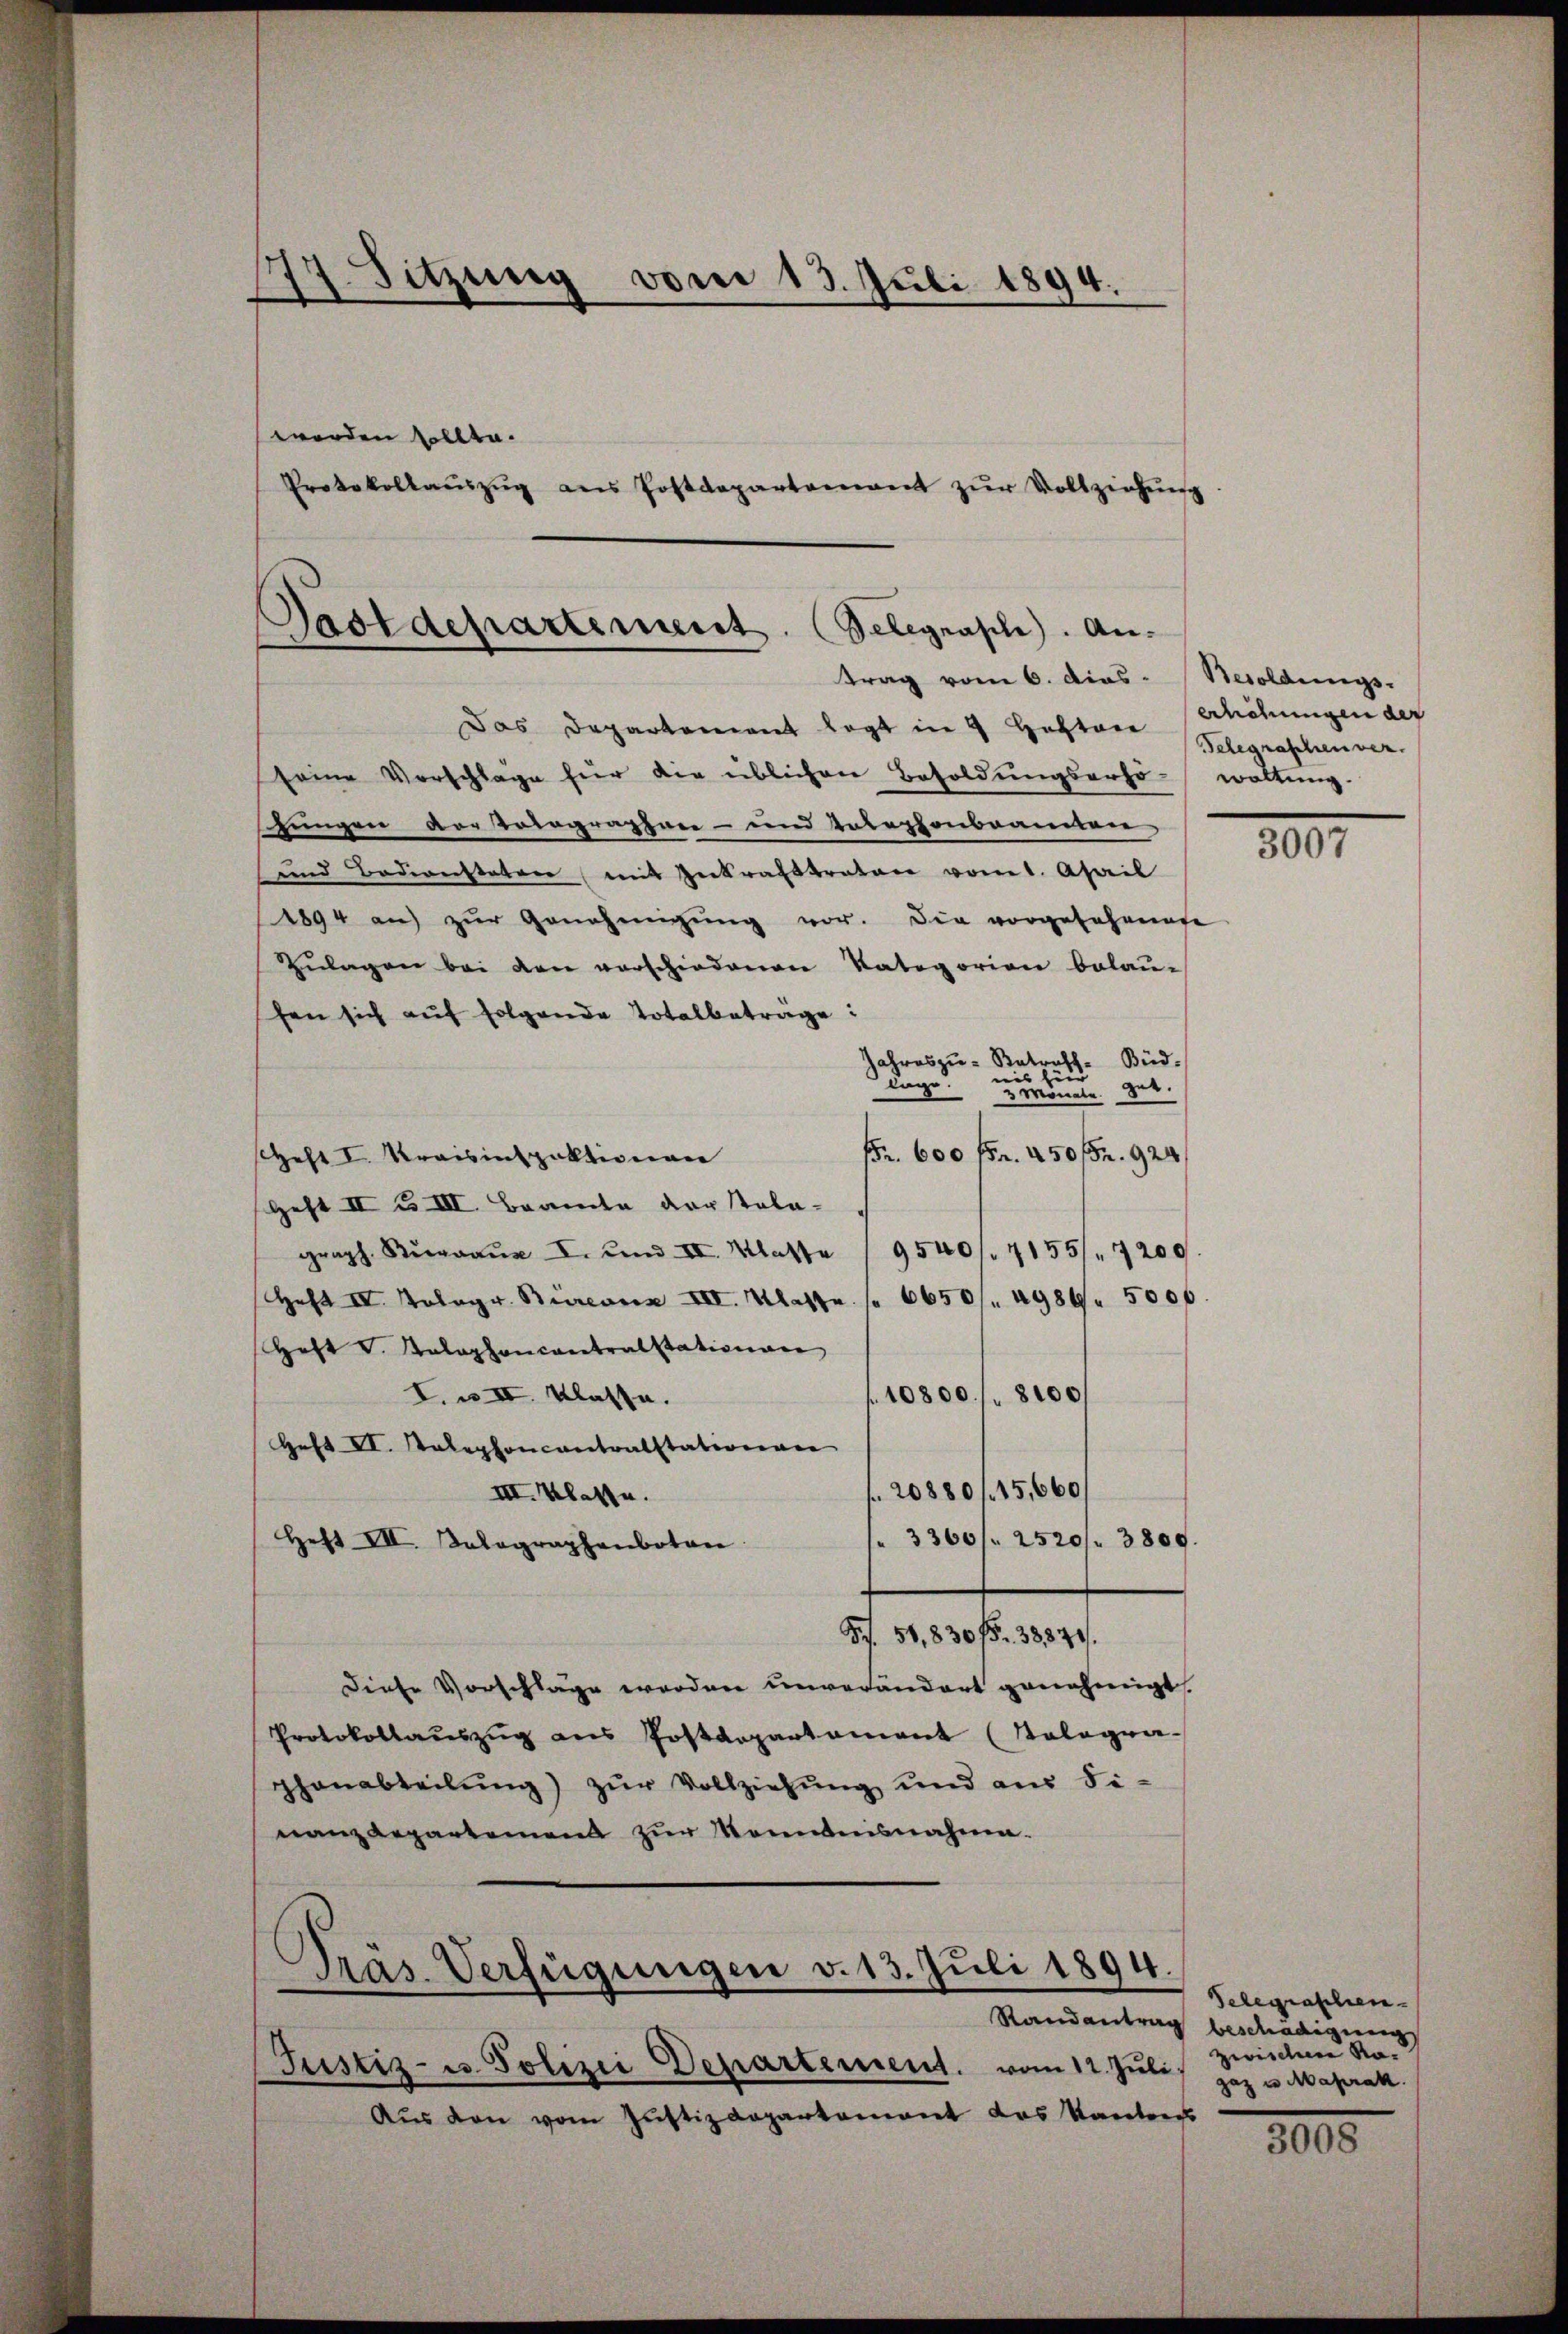
worden sollte.
Protokollaŭszŭg ans Postdepartenamt zŭr Vollziehŭng.

Das Departement legt in 4 Hefton
seine Vorschläge für die üblichen Besoldungserhö-waltung.
Zungen der Triographaer- und Telephonbaamier
und Bediensteten (mit Zutralstrator vomt. Ahail
1894 aŭ zŭr Genehmigŭng vor. Die vorgefahrenge
Zŭlagen bei den verschiedenen Kategorien belau-
fen sich auf folgende Totalbeträge:
Büd.
Jahres zu Betreff
nis zur
lage.
3 Monate
Fr. 600 fr. 450 ff. 924
Heft I. Kreisinspektionaer
Geft II u. III. Beamte der Tola-
 I. und II. Klasse 19540/7155/ 7200
Heft IV. Kologr. Büreaux III. Klasse . 6650. 4989. 500f
Heft v. Kalephoncantralstationen
10800 f. 8100
I. u. III. Klasse.
Heft II. Kalephoncontralstationen
20880 f 15,660
III. Klasse.
3360 f 2520/ 3809
Heft III. Kolographenbotan
Fr. 51,830 f. 38379.
Diese Vorschläge werden unverändert genehmigt,
Protokollauszug aus Postdepartament (Tologra-
phanabteilŭng zŭr Vollziehŭng und aus Fi-
nanz Repartemend zŭr Kenntnisnahme.
Präs. Verfügungen v. 13. Juli 1894.
Randantrag beschädigung
Justiz- u. Polizei Departement. vom 12. Juli zwischen Ra¬
Aus den vom Justizdepartement das Kantons

177. Sitzung vom 13. Juli 1894.

Pstdepartement. (Belegrasch. Antrag vom 6. dies Besoldungs-

erhöhungen der
Telegraschen ver

307

Telegraphen-
gaz u. Maprak

3000